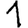
Digit: 1